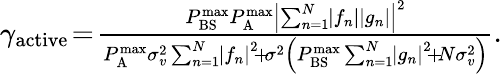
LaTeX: \begin{array}{r}{\gamma_{\mathrm{active}}\! =\! \frac{{P_{{\mathrm{BS}}}^{{\operatorname*{max}}}P_{\mathrm{A}}^{{\operatorname*{max}}}{{\left|{\sum_{n=1}^{N}\! {\left|{{f_{n}}}\right|\left|{{g_{n}}}\right|}}\right|}^{2}}}}{{P_{\mathrm{A}}^{{\operatorname*{max}}}\sigma_{v}^{2}\sum_{n=1}^{N}\! {{{\left|{{f_{n}}}\right|}^{2}}}\! +\! {\sigma^{2}}\left({P_{{\mathrm{BS}}}^{{\operatorname*{max}}}\sum_{n=1}^{N}\! {{{\left|{{g_{n}}}\right|}^{2}}\! +\! N\sigma_{v}^{2}}}\right)}}.}\end{array}